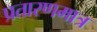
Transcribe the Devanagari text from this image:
प्रतारणमात्र